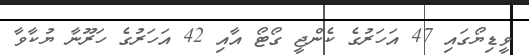
ވީޑިޔޯގައި 47 އަހަރުގެ ކެންޖީ ގޯޓޯ އާއި 42 އަހަރުގެ ހަރޫނާ ޔުކާވާ